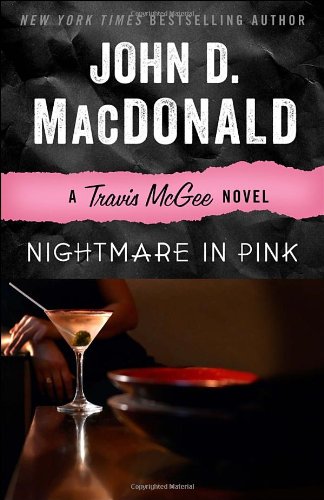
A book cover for Nightmare in Pink: A Travis McGee Novel; John D. MacDonald; Mystery, Thriller & Suspense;